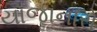
યોજાનારો